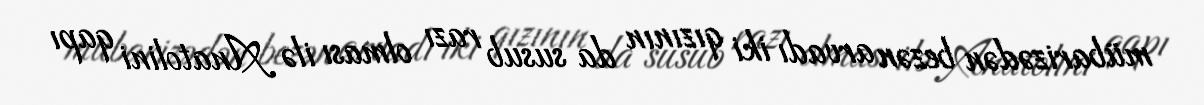
mübarizədən bezən arvadı iki qızının da susub razı olması ilə Anatolini qapı